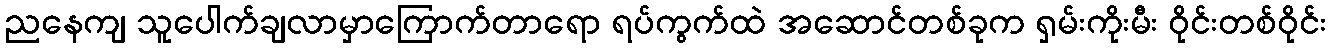
ညနေကျ သူပေါက်ချလာမှာကြောက်တာရော ရပ်ကွက်ထဲ အဆောင်တစ်ခုက ရှမ်းကိုးမီး ဝိုင်းတစ်ဝိုင်း